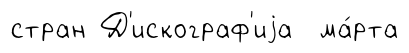
стран Д'искограф'иjа ма́рта